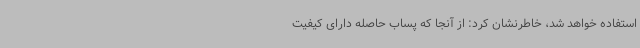
استفاده خواهد شد، خاطرنشان کرد: از آنجا که پساب حاصله دارای کیفیت